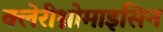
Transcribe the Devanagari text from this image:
क्लेरीथ्रोमाइसिन